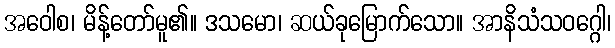
အဝေါစ၊ မိန့်တော်မူ၏။ ဒသမော၊ ဆယ်ခုမြောက်သော။ အာနိသံသဝဂ္ဂေါ၊